Source: Handwritten
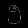
Digit: ၅ (5)